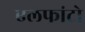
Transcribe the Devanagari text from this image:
एलफांटो